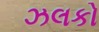
ઝલકો